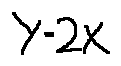
y = 2 x